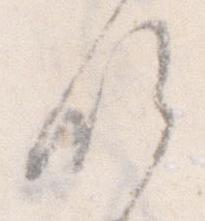
候